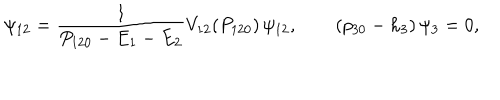
\psi _ { 1 2 } = { \frac { 1 } { P _ { 1 2 0 } - E _ { 1 } - E _ { 2 } } } V _ { 1 2 } ( P _ { 1 2 0 } ) \, \psi _ { 1 2 } , \qquad ( p _ { 3 0 } - h _ { 3 } ) \, \psi _ { 3 } = 0 ,